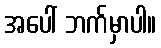
အပေါ် ဘက်မှာပါ။